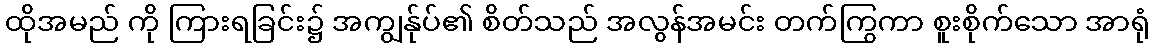
ထိုအမည် ကို ကြားရခြင်း၌ အကျွန်ုပ်၏ စိတ်သည် အလွန်အမင်း တက်ကြွကာ စူးစိုက်သော အာရုံ